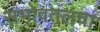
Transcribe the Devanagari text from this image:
सभोवतलचा